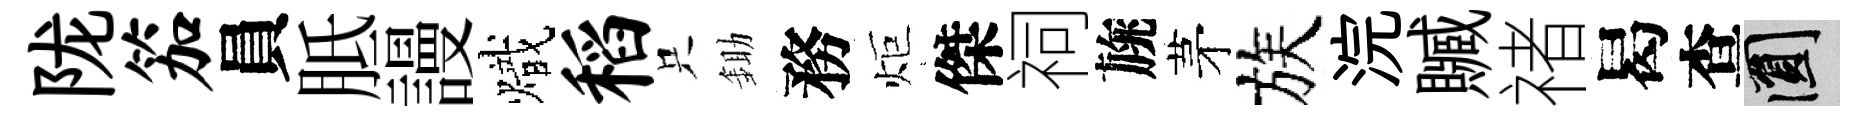
陇笳員胝謾熾稻只鋤務炬傑祠旐茅族浣贓禇曷查圓